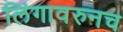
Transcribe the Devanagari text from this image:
लिंगावरुनच